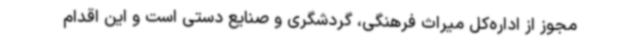
مجوز از اداره‌کل میراث فرهنگی، گردشگری و صنایع دستی است و این اقدام